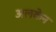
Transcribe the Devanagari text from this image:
अलकेन